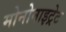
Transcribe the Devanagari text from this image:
मोनोनाइट्रेट